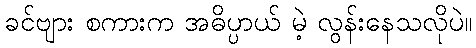
ခင်ဗျား စကားက အဓိပ္ပာယ် မဲ့ လွန်းနေသလိုပဲ။